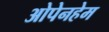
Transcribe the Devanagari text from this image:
ओपेनहेम